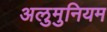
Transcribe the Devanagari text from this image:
अलुमुनियम